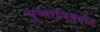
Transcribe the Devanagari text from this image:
मुन्ताजिबुद्दीन